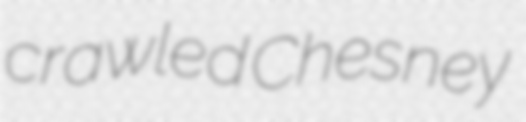
crawled Chesney